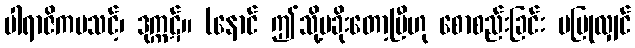
ပါရာဇိကမသင့်၊ ဒုက္ကဋ်။ (နောင် ဤသို့မခိုးတော့ပြီဟု စောစည်းခြင်း မပြုလျှင်